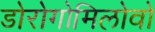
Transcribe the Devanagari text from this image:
डोरोगोमिलोवो